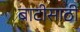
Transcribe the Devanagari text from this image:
बाटीसाठी